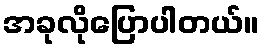
အခုလိုပြောပါတယ်။